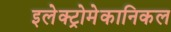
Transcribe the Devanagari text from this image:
इलेक्ट्रोमेकानिकल